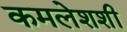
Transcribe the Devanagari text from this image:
कमलेशशी